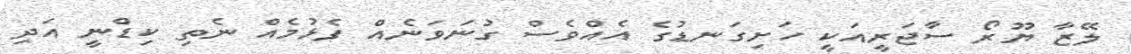
ލޭޒާ ޔޫރޯ ސާޖަރީއަކީ ހަށިގަނޑުގެ އެއްވެސް ގުނަވަނެއް ފެޅުމެއް ނެތި ކިޑްނީ އަދި